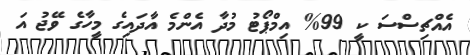
އެއްޗިސްސަ ކީ 99% އިމްޕޯޓު މުދާ އެންމެ އާދައިގެ މީހާގެ ވޭޖު އަ